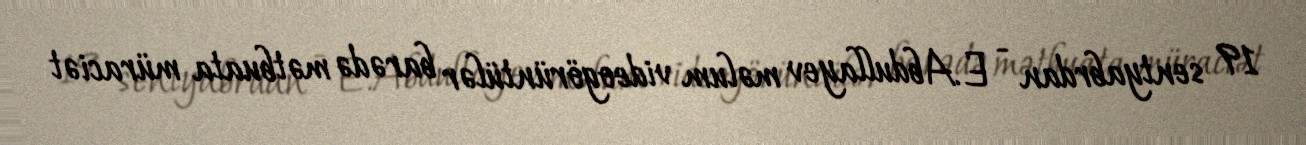
19 sentyabrdan - E.Abdullayev məlum videogörüntülər barədə mətbuata müraciət